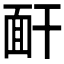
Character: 𩈅